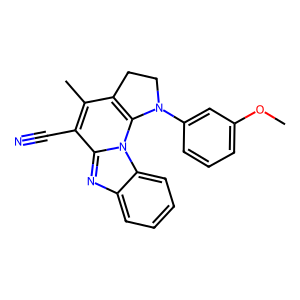
SMILES: COc1cccc(N2CCc3c(C)c(C#N)c4nc5ccccc5n4c32)c1
Inhibits HIV replication: No